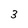
Character: 3